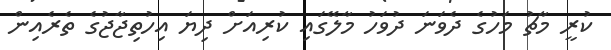
ކުރީ މާޗު މަހުގެ ދެވަނަ ދުވަހު މާލޭގައި ކުރިއަށް ދިޔަ އިހުތިޖާޖުގެ ތެރެއިން